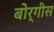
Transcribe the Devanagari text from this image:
बोर्गीस